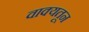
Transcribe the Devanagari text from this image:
वाक्यतून